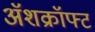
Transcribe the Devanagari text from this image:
ॲशक्रॉफ्ट